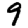
Digit: 9